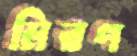
মিরণ